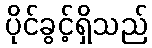
ပိုင်ခွင့်ရှိသည်